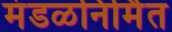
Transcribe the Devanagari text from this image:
मंडळनिर्मित